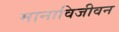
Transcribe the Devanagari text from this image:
मानाविजीवन